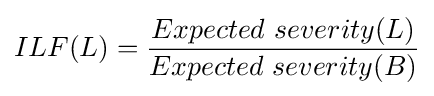
ILF(L)={\dfrac {Expected\ severity(L)}{Expected\ severity(B)}}